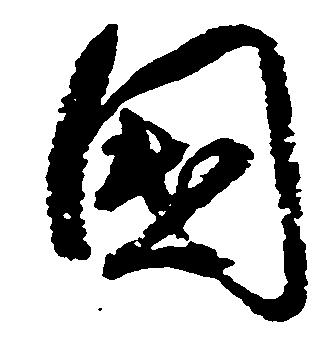
国